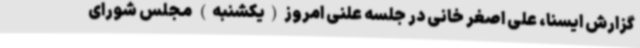
گزارش ایسنا، علی اصغر خانی در جلسه علنی امروز(یکشنبه) مجلس شورای